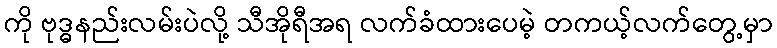
ကို ဗုဒ္ဓနည်းလမ်းပဲလို့ သီအိုရီအရ လက်ခံထားပေမဲ့ တကယ့်လက်တွေ့မှာ